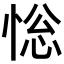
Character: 𢛌